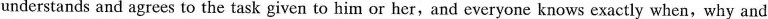
understands and agrees to the task given to him or her,and everyone knows exactly when, why and